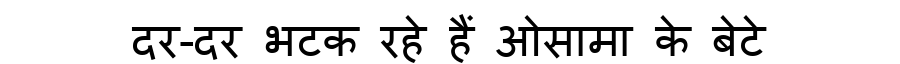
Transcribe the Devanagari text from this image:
दर-दर भटक रहे हैं ओसामा के बेटे